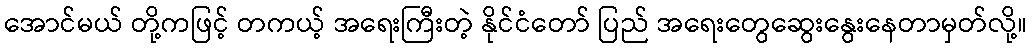
အောင်မယ် တို့ကဖြင့် တကယ့် အရေးကြီးတဲ့ နိုင်ငံတော် ပြည် အရေးတွေဆွေးနွေးနေတာမှတ်လို့။